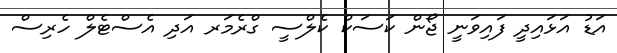
އަޑު އަޅައިދީ ފައިވަނީ ޖޯން ކަސަކް ކެލްސީ ގްރެމަރ އަދި އެސްޓެލް ހެރިސް